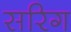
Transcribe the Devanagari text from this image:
सरिग